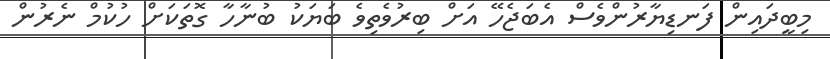
މިބީދައިން ފަނޑިޔާރުންވެސް އެބަޖެހޭ އަށް ބިރުވެތިވެ ބަޔަކު ބުނާހާ ގޮތަކަށް ހުކުމް ނެރުން